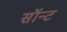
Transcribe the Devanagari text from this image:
सॉन्ट